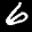
Label: 6